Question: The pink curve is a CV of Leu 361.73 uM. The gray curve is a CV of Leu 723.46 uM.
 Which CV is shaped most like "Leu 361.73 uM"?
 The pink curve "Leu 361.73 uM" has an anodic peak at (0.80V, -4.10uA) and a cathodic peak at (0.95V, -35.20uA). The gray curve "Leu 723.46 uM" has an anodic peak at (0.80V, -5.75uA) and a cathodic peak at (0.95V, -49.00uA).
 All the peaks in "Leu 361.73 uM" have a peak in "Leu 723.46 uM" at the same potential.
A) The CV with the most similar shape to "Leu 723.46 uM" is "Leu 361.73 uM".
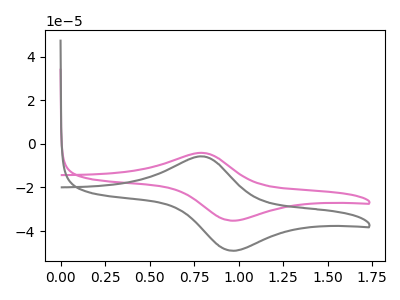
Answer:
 <answer>A) The CV with the most similar shape to "Leu 723.46 uM" is "Leu 361.73 uM".</answer>
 <eval>A</eval>